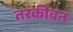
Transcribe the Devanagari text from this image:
तरकीवन